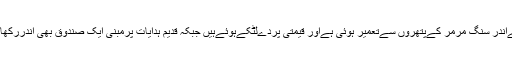
کعبہ کےاندر سنگ مرمر کےپتھروں سےتعمیر ہوئی ہےاور قیمتی پردےلٹکےہوئےہیں جبکہ قدیم ہدایات پرمبنی ایک صندوق بھی اندررکھا ہوا ہے۔